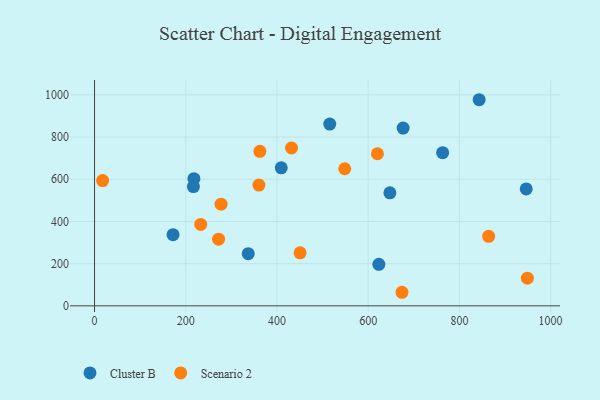
{"axis": {"x": "Investment", "y": "Sales"}, "legend": ["Cluster B", "Scenario 2"], "data": [{"x": "946.6", "y": 554.3, "type": "Cluster B"}, {"x": "843.4", "y": 977.0, "type": "Cluster B"}, {"x": "763.3", "y": 726.2, "type": "Cluster B"}, {"x": "647.6", "y": 535.7, "type": "Cluster B"}, {"x": "172.1", "y": 337.4, "type": "Cluster B"}, {"x": "217.9", "y": 602.6, "type": "Cluster B"}, {"x": "216.8", "y": 565.5, "type": "Cluster B"}, {"x": "676.6", "y": 842.4, "type": "Cluster B"}, {"x": "515.8", "y": 861.7, "type": "Cluster B"}, {"x": "623.4", "y": 196.8, "type": "Cluster B"}, {"x": "337.0", "y": 247.3, "type": "Cluster B"}, {"x": "409.4", "y": 654.3, "type": "Cluster B"}, {"x": "360.4", "y": 572.6, "type": "Scenario 2"}, {"x": "674.1", "y": 64.3, "type": "Scenario 2"}, {"x": "450.7", "y": 251.4, "type": "Scenario 2"}, {"x": "432.0", "y": 748.2, "type": "Scenario 2"}, {"x": "277.4", "y": 481.9, "type": "Scenario 2"}, {"x": "17.7", "y": 593.6, "type": "Scenario 2"}, {"x": "548.6", "y": 649.8, "type": "Scenario 2"}, {"x": "362.5", "y": 732.5, "type": "Scenario 2"}, {"x": "620.3", "y": 720.8, "type": "Scenario 2"}, {"x": "949.1", "y": 131.1, "type": "Scenario 2"}, {"x": "271.9", "y": 316.0, "type": "Scenario 2"}, {"x": "864.2", "y": 329.7, "type": "Scenario 2"}, {"x": "232.8", "y": 385.9, "type": "Scenario 2"}]}